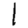
Digit: 1